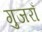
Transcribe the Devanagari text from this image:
गुजराँ